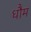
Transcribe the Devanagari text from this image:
धौम